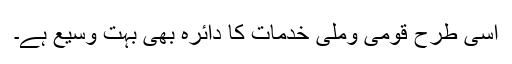
اسی طرح قومی وملی خدمات کا دائرہ بھی بہت وسیع ہے۔